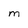
Character: M